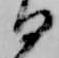
る